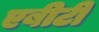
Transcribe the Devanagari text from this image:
एबीटी